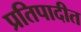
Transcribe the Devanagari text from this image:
प्रतिपादीत